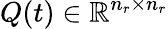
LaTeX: Q(t)\in\mathbb{R}^{n_{r}\times n_{r}}